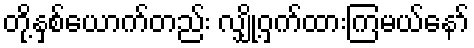
တို့နှစ်ယောက်တည်း လျှို့ဝှက်ထားကြမယ်နော်